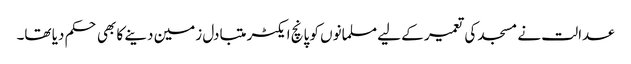
عدالت نے مسجد کی تعمیر کے لیے مسلمانوں کو پانچ ایکٹر متبادل زمین دینے کا بھی حکم دیا تھا۔